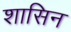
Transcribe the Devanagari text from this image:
शासिन